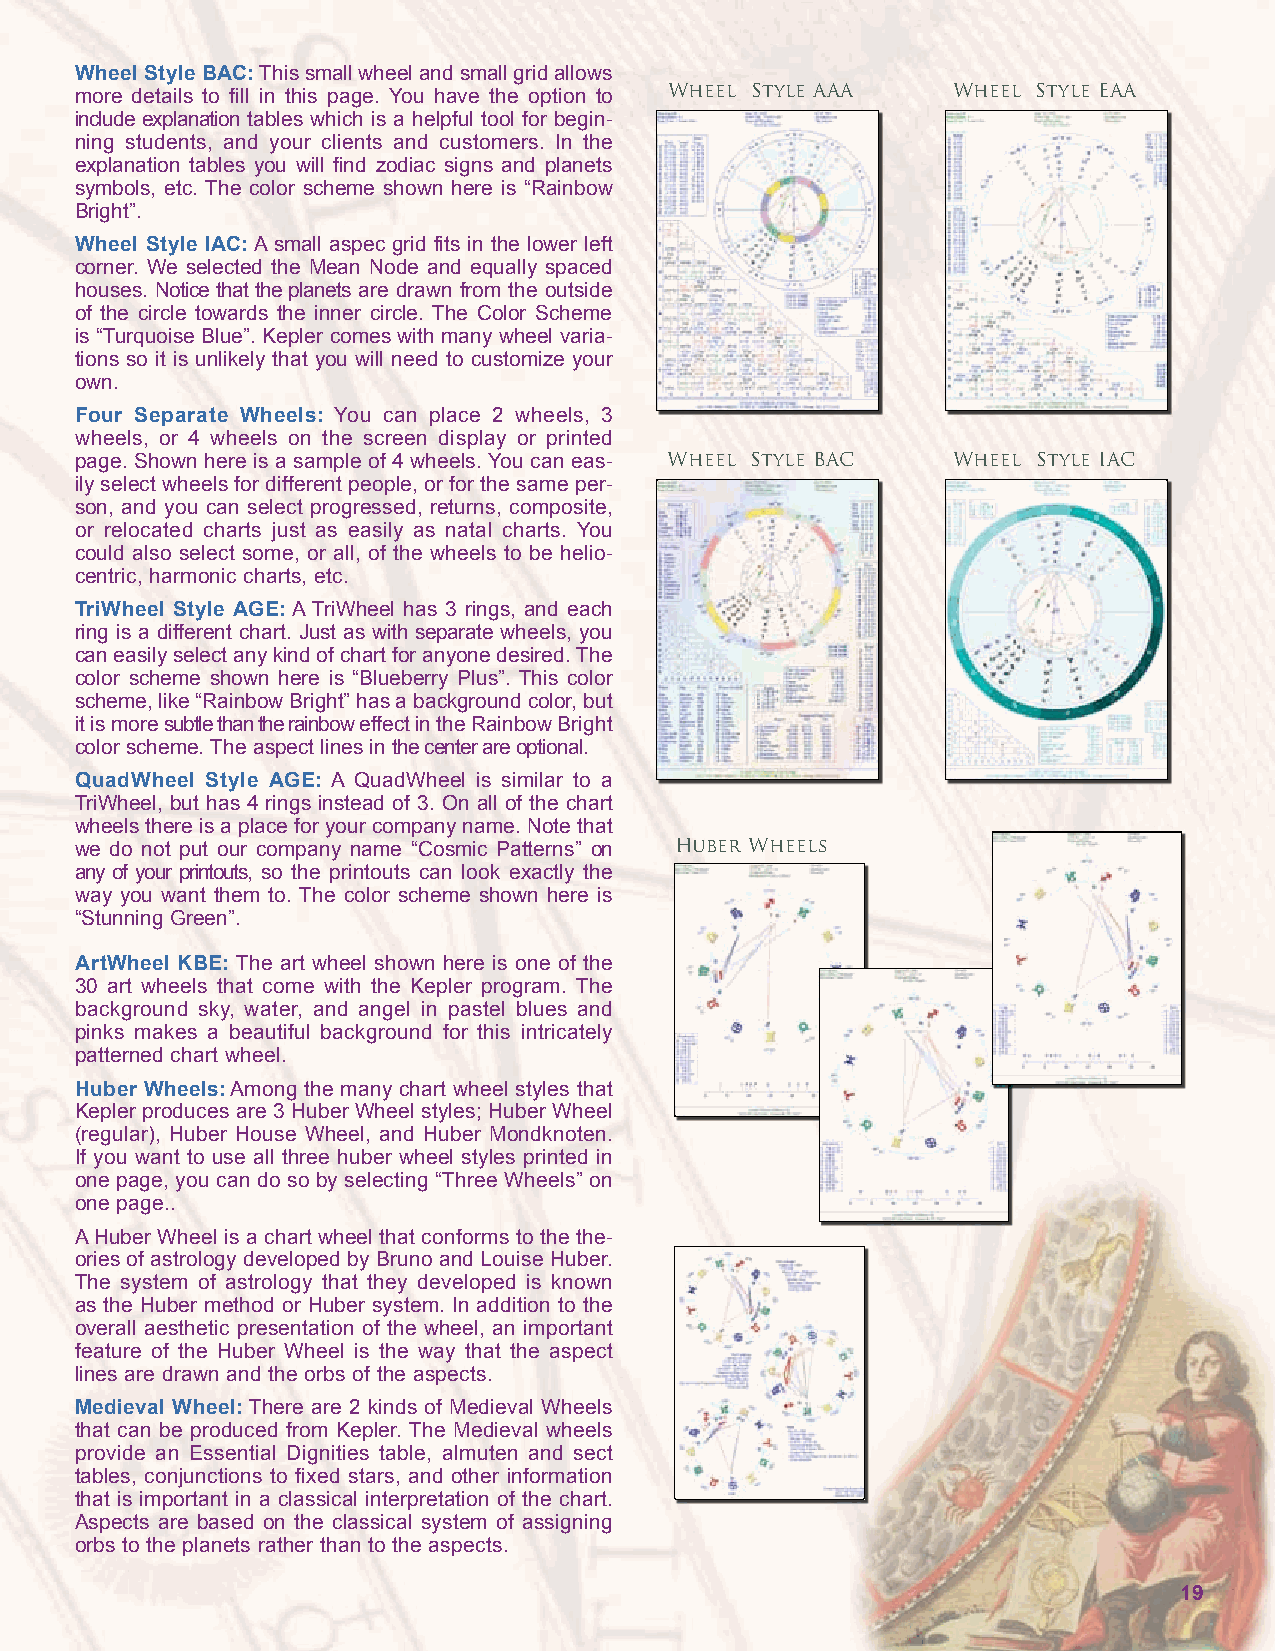
Wheel Style BAC: This small wheel and small grid allows
 Wheel Style AAA    Wheel Style EAA
 more details to fill in this page. You have the option to
 include explanation tables which is a helpful tool for begin-
 ning students, and your clients and customers. In the
 explanation tables you will find zodiac signs and planets
 symbols, etc. The color scheme shown here is “Rainbow
 Bright”.
 Wheel Style IAC: A small aspec grid fits in the lower left
 corner. We selected the Mean Node and equally spaced
 houses. Notice that the planets are drawn from the outside
 of the circle towards the inner circle. The Color Scheme
 is “Turquoise Blue”. Kepler comes with many wheel varia-
 tions so it is unlikely that you will need to customize your
 own.
 Four Separate Wheels: You can place 2 wheels, 3
 wheels, or 4 wheels on the screen display or printed
 page. Shown here is a sample of 4 wheels. You can eas- Wheel Style BAC Wheel Style IAC
 ily select wheels for different people, or for the same per-
 son, and you can select progressed, returns, composite,
 or relocated charts just as easily as natal charts. You
 could also select some, or all, of the wheels to be helio-
 centric, harmonic charts, etc.
 TriWheel Style AGE: A TriWheel has 3 rings, and each
 ring is a different chart. Just as with separate wheels, you
 can easily select any kind of chart for anyone desired. The
 color scheme shown here is “Blueberry Plus”. This color
 scheme, like “Rainbow Bright” has a background color, but
 it is more subtle than the rainbow effect in the Rainbow Bright
 color scheme. The aspect lines in the center are optional.
 QuadWheel Style AGE: A QuadWheel is similar to a
 TriWheel, but has 4 rings instead of 3. On all of the chart
 wheels there is a place for your company name. Note that
 we do not put our company name “Cosmic Patterns” on Huber Wheels
 any of your printouts, so the printouts can look exactly the
 way you want them to. The color scheme shown here is
 “Stunning Green”.
 ArtWheel KBE: The art wheel shown here is one of the
 30 art wheels that come with the Kepler program. The
 background sky, water, and angel in pastel blues and
 pinks makes a beautiful background for this intricately
 patterned chart wheel.
 Huber Wheels: Among the many chart wheel styles that
 Kepler produces are 3 Huber Wheel styles; Huber Wheel
 (regular), Huber House Wheel, and Huber Mondknoten.
 If you want to use all three huber wheel styles printed in
 one page, you can do so by selecting “Three Wheels” on
 one page..
 A Huber Wheel is a chart wheel that conforms to the the-
 ories of astrology developed by Bruno and Louise Huber.
 The system of astrology that they developed is known
 as the Huber method or Huber system. In addition to the
 overall aesthetic presentation of the wheel, an important
 feature of the Huber Wheel is the way that the aspect
 lines are drawn and the orbs of the aspects.
 Medieval Wheel: There are 2 kinds of Medieval Wheels
 that can be produced from Kepler. The Medieval wheels
 provide an Essential Dignities table, almuten and sect
 tables, conjunctions to fixed stars, and other information
 that is important in a classical interpretation of the chart.
 Aspects are based on the classical system of assigning
 orbs to the planets rather than to the aspects.
 19